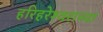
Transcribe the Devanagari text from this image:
हरिहरेश्‍वराच्या